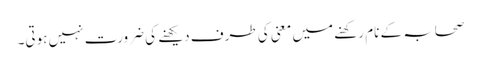
صحابہ کے نام رکھنے میں معنی کی طرف دیکھنے کی ضرورت نہیں ہوتی۔